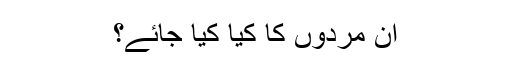
ان مردوں کا کیا کیا جائے؟